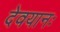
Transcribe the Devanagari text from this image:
देवयानः